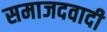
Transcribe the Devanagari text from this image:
समाजदवादी